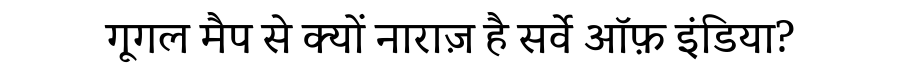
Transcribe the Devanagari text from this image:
गूगल मैप से क्यों नाराज़ है सर्वे ऑफ़ इंडिया?